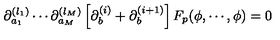
\partial _ { a _ { 1 } } ^ { ( l _ { 1 } ) } \cdots \partial _ { a _ { M } } ^ { ( l _ { M } ) } \left[ \partial _ { b } ^ { ( i ) } + \partial _ { b } ^ { ( i + 1 ) } \right] F _ { p } ( \phi , \cdots , \phi ) = 0